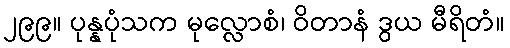
၂၉၉။ ပုန္နပုံသက မုလ္လောစံ၊ ဝိတာနံ ဒွယ မီရိတံ။